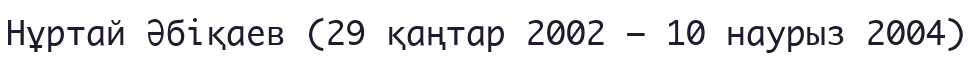
Нұртай Әбіқаев (29 қаңтар 2002 — 10 наурыз 2004)